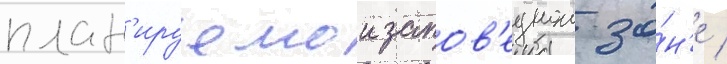
план'ируемои запов'еднои зо́н'е /